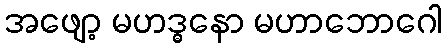
အဖျော့ မဟဒ္ဓနော မဟာဘောဂေါ